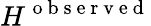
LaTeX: H^{\mathrm{~o~b~s~e~r~v~e~d~}}